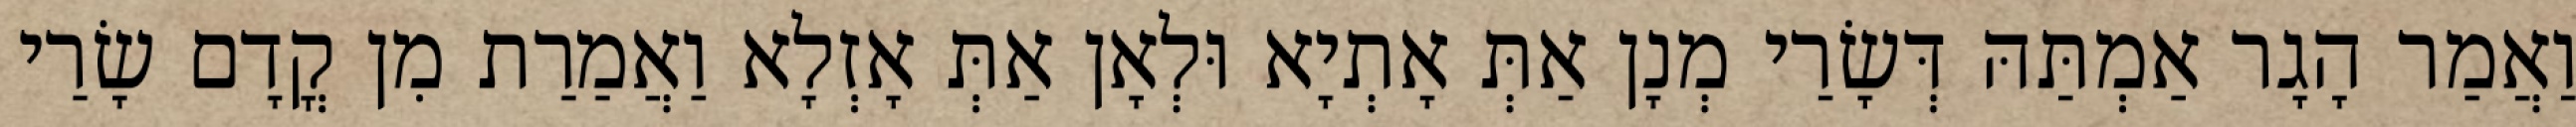
וַאֲמַר הָגָר אַמְתַּהּ דְּשָׂרַי מְנָן אַתְּ אָתְיָא וּלְאָן אַתְּ אָזְלָא וַאֲמַרַת מִן קֳדָם שָׂרַי